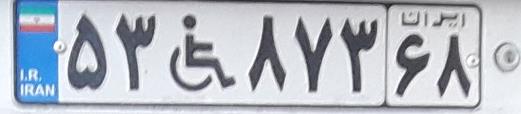
۵۳+۸۷۳۶۸